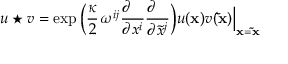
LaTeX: u \star v = \exp \Big ( { \frac { \kappa } { 2 } } \, \omega ^ { i j } { \frac { \partial \phantom { x ^ { i } } } { \partial x ^ { i } } } { \frac { \partial \phantom { x ^ { j } } } { \partial { \tilde { x } } ^ { j } } } \Big ) u ( { \bf x } ) v ( { \bf { \tilde { x } } } ) \Big \vert _ { { \bf x } = { \bf { \tilde { x } } } }